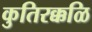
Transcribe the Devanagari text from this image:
कुतिरक्कळि